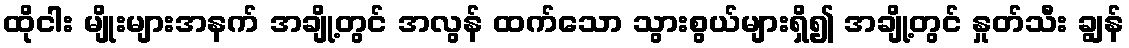
ထိုငါး မျိုးများအနက် အချို့တွင် အလွန် ထက်သော သွားစွယ်များရှိ၍ အချို့တွင် နှုတ်သီး ချွန်